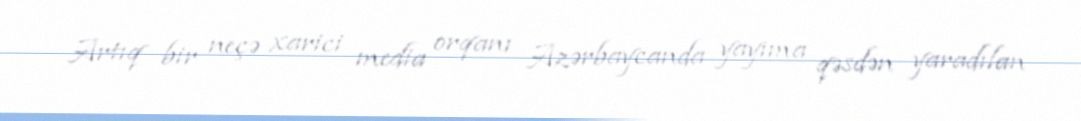
Artıq bir neçə xarici media orqanı Azərbaycanda yayıma qəsdən yaradılan